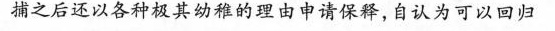
捕之后还以各种极其幼稚的理由申请保释，自认为可以回归